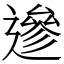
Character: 遪